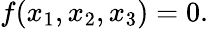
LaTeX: f(x_{1},x_{2},x_{3})=0.